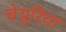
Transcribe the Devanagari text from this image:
चेयुरिया